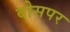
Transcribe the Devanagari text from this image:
वोसपर